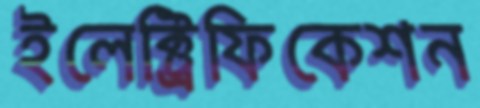
ইলেক্ট্রিফিকেশন